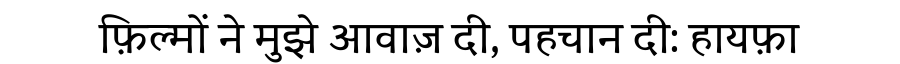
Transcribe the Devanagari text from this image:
फ़िल्मों ने मुझे आवाज़ दी, पहचान दी: हायफ़ा